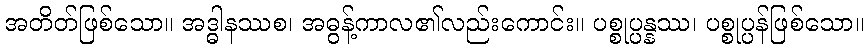
အတိတ်ဖြစ်သော။ အဒ္ဓါနဿစ၊ အဓွန့်ကာလ၏လည်းကောင်း။ ပစ္စုပ္ပန္နဿ၊ ပစ္စုပ္ပန်ဖြစ်သော။